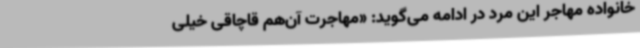
خانواده‌ مهاجر این مرد در ادامه می‌گوید: «مهاجرت آن‌هم قاچاقی خیلی